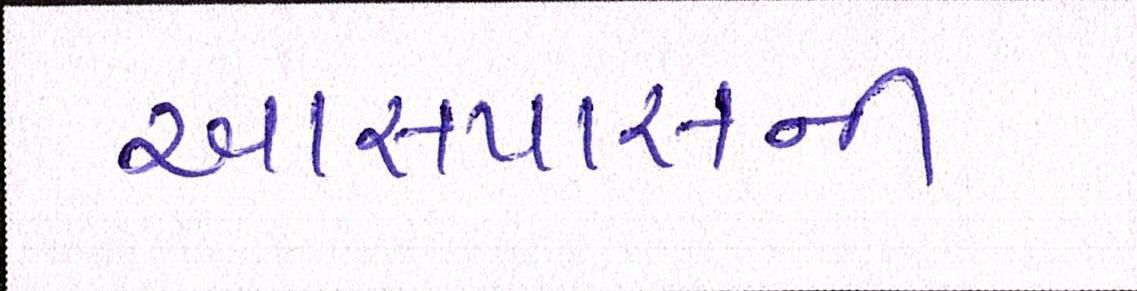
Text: આસપાસની